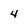
Character: 4